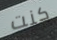
كنت